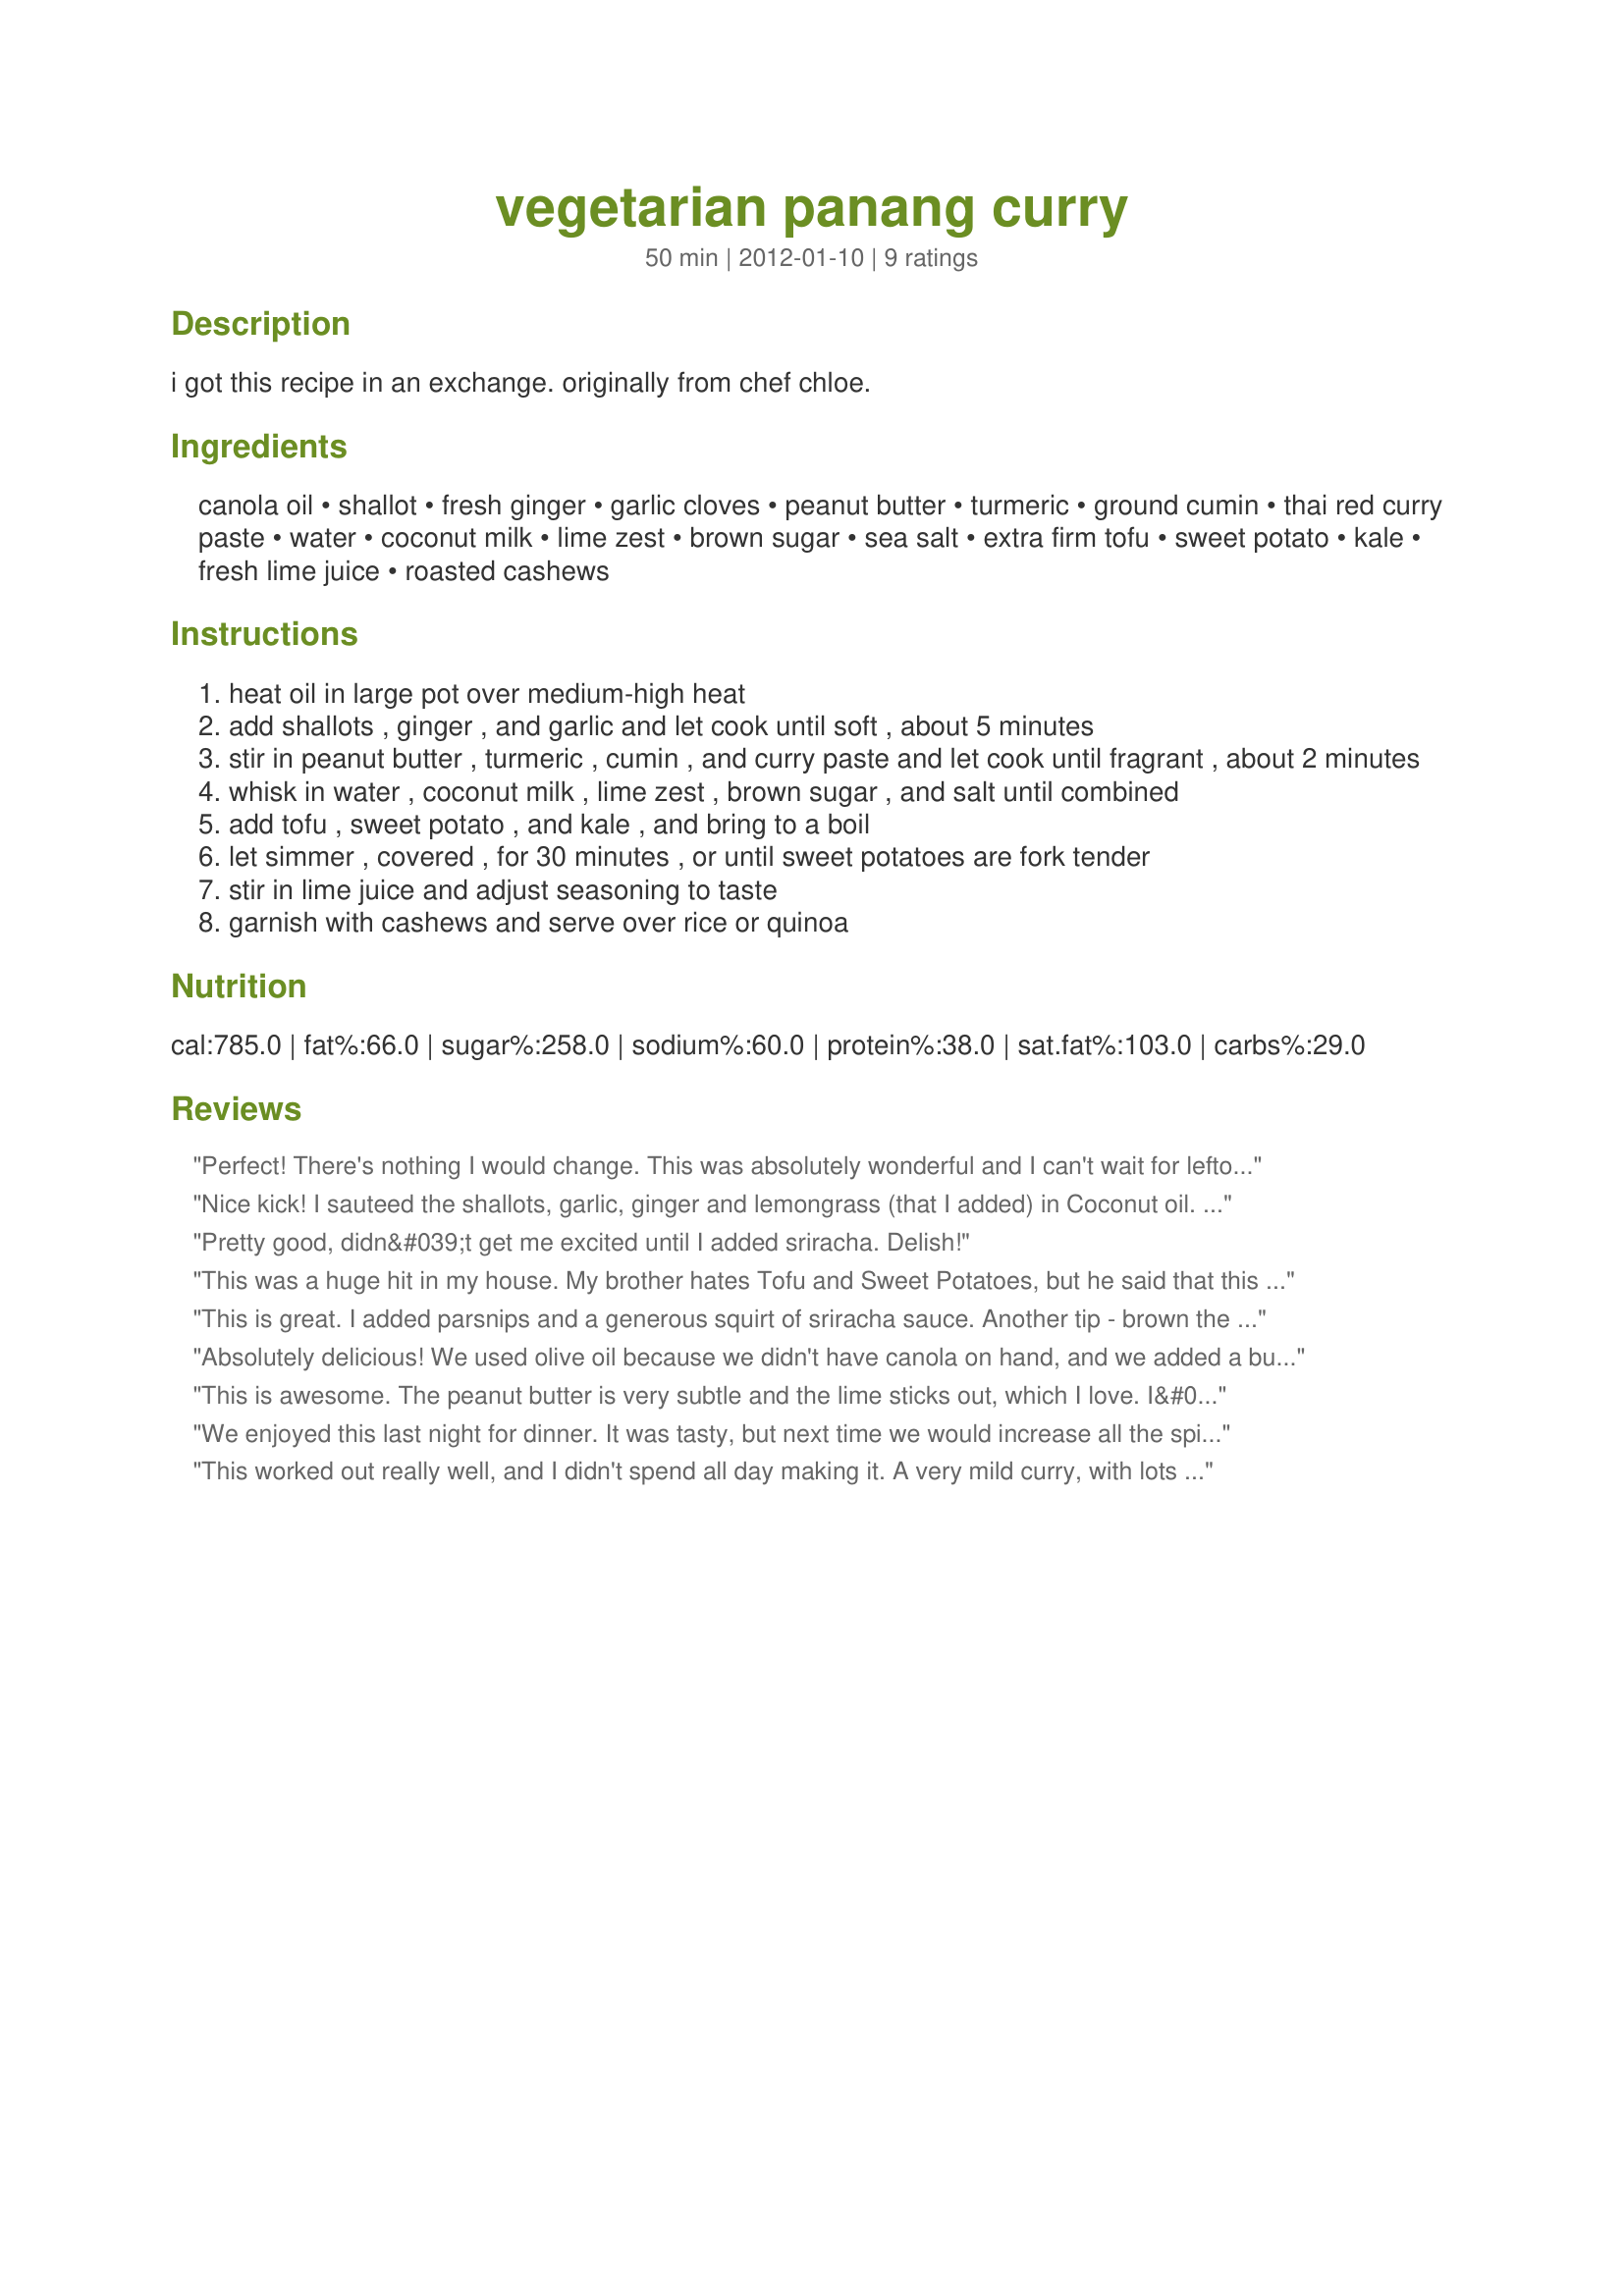
vegetarian panang curry
Preparation time: 50 minutes

i got this recipe in an exchange. originally from chef chloe.

Ingredients:
canola oil, shallot, fresh ginger, garlic cloves, peanut butter, turmeric, ground cumin, thai red curry paste, water, coconut milk, lime zest, brown sugar, sea salt, extra firm tofu, sweet potato, kale, fresh lime juice, roasted cashews

Steps:
heat oil in large pot over medium-high heat
add shallots , ginger , and garlic and let cook until soft , about 5 minutes
stir in peanut butter , turmeric , cumin , and curry paste and let cook until fragrant , about 2 minutes
whisk in water , coconut milk , lime zest , brown sugar , and salt until combined
add tofu , sweet potato , and kale , and bring to a boil
let simmer , covered , for 30 minutes , or until sweet potatoes are fork tender
stir in lime juice and adjust seasoning to taste
garnish with cashews and serve over rice or quinoa

Reviews:
Perfect! There's nothing I would change. This was absolutely wonderful and I can't wait for leftovers tomorrow! I used chunky peanut butter and that makes me think a handful of chopped peanuts would be a nice nice topping. Oh, and because I can't get kale here, I ended up using Swiss chard and it was wonderful. As I imagine spinach would be too. Will make again frequently.
Nice kick! I sauteed the shallots, garlic, ginger and lemongrass (that I added) in Coconut oil. I did use spicy peanut butter and used twice the amount of red curry paste.We like it hot! Kale was nowhere to be found in the store I went to, so I used baby bok choy and napa cabbage. I will add cilantro and or basil to the leftovers tomorrow. Thanks for the good eats.
Pretty good, didn&#039;t get me excited until I added sriracha. Delish!
This was a huge hit in my house. My brother hates Tofu and Sweet Potatoes, but he said that this was one of the best things that I ever made. While I&#039;m a bit curious to see how this would taste with a little more curry paste, I won&#039;t be straying from your recipe with this crew. Well done Sophie.
This is great. I added parsnips and a generous squirt of sriracha sauce. Another tip - brown the tofu in a hot skillet, so it does not break up in the sauce.
Absolutely delicious! We used olive oil because we didn't have canola on hand, and we added a bunch of veggies to the dish and left out the tofu (my dad doesn't like it). We had mushrooms, capsicum and zucchini, as well as sweet potato. The water made it too weak, but I just took the lid off the pot and left it cooking at a mid-low heat for fifteen minutes or so, and the flavour was delicious and much stronger! :)<br/><br/>Not spicy at all, which was good for my dad! :D
This is awesome. The peanut butter is very subtle and the lime sticks out, which I love. I&#039;ve made versions of this for years but I think this is my favorite! I ended up using carrot, celery, and cabbage for the vegetable but kept everything else the same. Flavorful and healthy, I&#039;ll be using this as my go-to coconut curry recipe from now on!
We enjoyed this last night for dinner. It was tasty, but next time we would increase all the spices and curry paste (I should have read Rita&#039;s review first). As it was, all three of us stirred more curry paste into our individual servings. We served over basmati rice.
This worked out really well, and I didn't spend all day making it. A very mild curry, with lots of flavour from the peanut, lime and other good stuff in here. I just realized that I forgot all about adding the sugar. I could see that being a nice addition, but certainly not missed. The amount of curry paste is minimal here, so OK for those who don't care for a lot of spice, and perfect for a family get together I had the other night. I would add more curry paste if it were just for me, I prefer the thai flavours to be more bold. Really enjoyed the kale & yam combo, very nutritious meal. Thanks Sofie!
